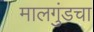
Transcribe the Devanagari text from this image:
मालगुंडचा